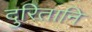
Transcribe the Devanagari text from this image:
दुरितानि